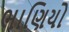
ભાણિયો